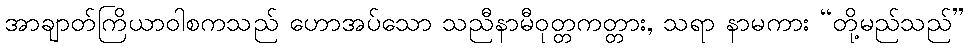
အာချာတ်ကြိယာဝါစကသည် ဟောအပ်သော သညီနာမီဝုတ္တကတ္တား, သရာ နာမကား “တို့မည်သည်”